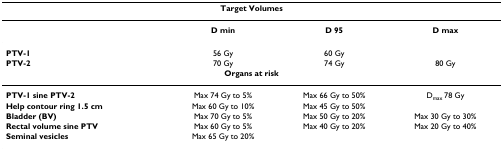
<table><thead><tr><td colspan="4"><b>Target Volumes</b></td></tr></thead><tbody><tr><td></td><td><b>D min</b></td><td><b>D 95</b></td><td><b>D max</b></td></tr><tr><td><b>PTV-1</b></td><td>56 Gy</td><td>60 Gy</td><td></td></tr><tr><td><b>PTV-2</b></td><td>70 Gy</td><td>74 Gy</td><td>80 Gy</td></tr><tr><td colspan="4"><b>Organs at risk</b></td></tr><tr><td><b>PTV-1 sine PTV-2</b></td><td>Max 74 Gy to 5%</td><td>Max 66 Gy to 50%</td><td>D<sub>max </sub>78 Gy</td></tr><tr><td><b>Help contour ring 1.5 cm</b></td><td>Max 60 Gy to 10%</td><td>Max 45 Gy to 50%</td><td></td></tr><tr><td><b>Bladder (BV)</b></td><td>Max 70 Gy to 5%</td><td>Max 50 Gy to 20%</td><td>Max 30 Gy to 30%</td></tr><tr><td><b>Rectal volume sine PTV</b></td><td>Max 60 Gy to 5%</td><td>Max 40 Gy to 20%</td><td>Max 20 Gy to 40%</td></tr><tr><td><b>Seminal vesicles</b></td><td>Max 65 Gy to 20%</td><td></td><td></td></tr></tbody></table>